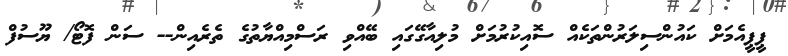
ޕީޕީއެމަށް ކައުންސިލަރުންތަކެއް ސޮއިކުރުމަށް މުލިއާގޭގައި ބޭއްވި ރަސްމިއްޔާތުގެ ތެރެއިން-- ސަން ފޮޓޯ/ ޔޫސުފް